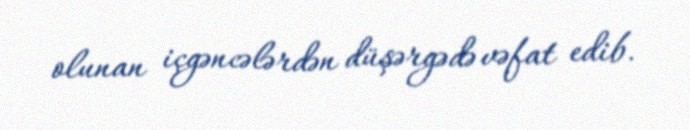
olunan içgəncələrdən düşərgədə vəfat edib.